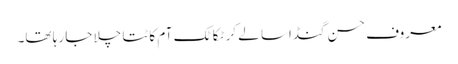
معروف حسن گنڈاسا لے کر ٹکا ٹک آم کاٹتا چلا جا رہا تھا۔